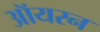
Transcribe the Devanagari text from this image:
ऑयरन